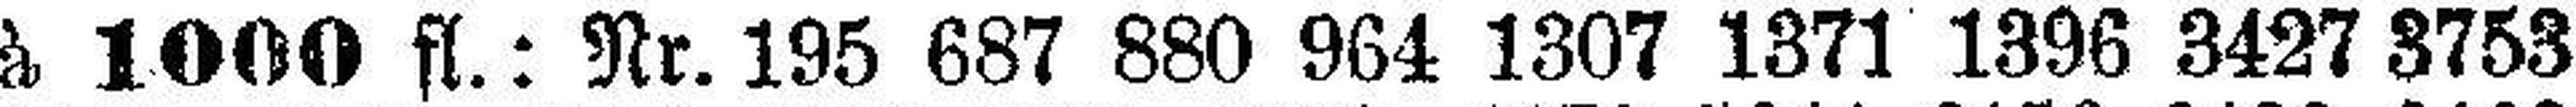
à 1000 fl.: Nr. 195 687 880 964 1307 1371 1396 3427 8753